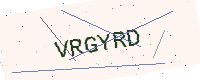
Text: VRGYRD